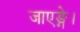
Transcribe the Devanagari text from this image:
जाएङ्गे।